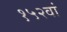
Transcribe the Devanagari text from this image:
१५२वां